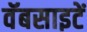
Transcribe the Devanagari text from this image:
वॅबसाइटें